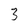
Character: 3